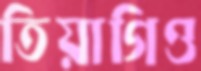
তিয়াগিও